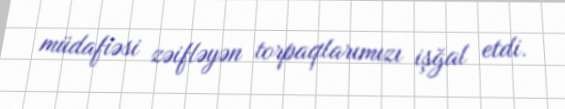
müdafiəsi zəifləyən torpaqlarımızı işğal etdi.